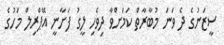
ސީޒަނުގެ ދެ ވަނަ މުބާރާތް ކަމަށްވާ ދިވެހި ލީގު ފަށާނީ އޭޕްރިލް މަހުގެ